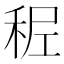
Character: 𥞭